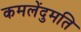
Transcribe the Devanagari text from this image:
कमलेंदुमति